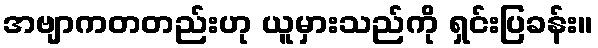
အဗျာကတတည်းဟု ယူမှားသည်ကို ရှင်းပြခန်း။